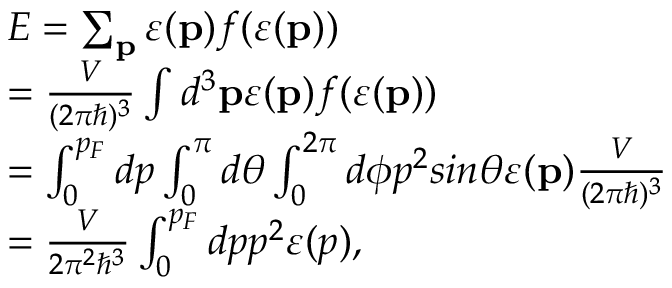
\begin{array} { l } { E = \sum _ { \mathbf { p } } \varepsilon ( \mathbf { p } ) f ( \varepsilon ( \mathbf { p } ) ) } \\ { = \frac { V } { ( 2 \pi \hbar ) ^ { 3 } } \int d ^ { 3 } \mathbf { p } \varepsilon ( \mathbf { p } ) f ( \varepsilon ( \mathbf { p } ) ) } \\ { = \int _ { 0 } ^ { p _ { F } } d p \int _ { 0 } ^ { \pi } d \theta \int _ { 0 } ^ { 2 \pi } d \phi p ^ { 2 } s i n \theta \varepsilon ( \mathbf { p } ) \frac { V } { ( 2 \pi \hbar ) ^ { 3 } } } \\ { = \frac { V } { 2 \pi ^ { 2 } \hbar ^ { 3 } } \int _ { 0 } ^ { p _ { F } } d p p ^ { 2 } \varepsilon ( p ) , } \end{array}